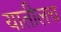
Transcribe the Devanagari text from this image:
यातीलच